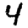
Digit: 4